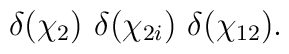
\delta(\chi_{2}) \ \delta(\chi_{2i}) \ \delta(\chi_{12}) .